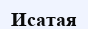
Исатая